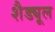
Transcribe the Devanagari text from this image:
शैड्यूल